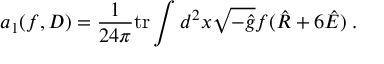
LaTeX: a _ { 1 } ( f , D ) = \frac 1 { 2 4 \pi } \mathrm { t r } \int d ^ { 2 } x \sqrt { - \hat { g } } f ( \hat { R } + 6 \hat { E } ) \; .